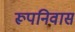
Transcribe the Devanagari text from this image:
रूपनिवास